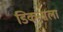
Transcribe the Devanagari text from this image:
डिकन्सला